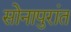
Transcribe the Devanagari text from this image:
सोनापुरांत